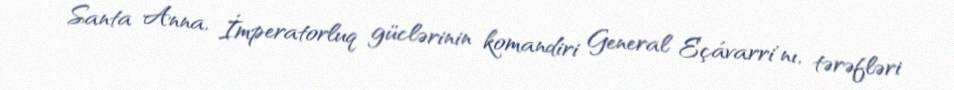
Santa Anna, İmperatorluq güclərinin komandiri General Eçávarri'nı, tərəfləri